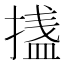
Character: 𭡴